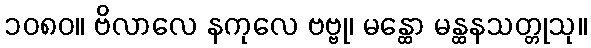
၁၀၈၀။ ဗိလာလေ နကုလေ ဗဗ္ဗု၊ မန္ထော မန္ထနသတ္တုသု။